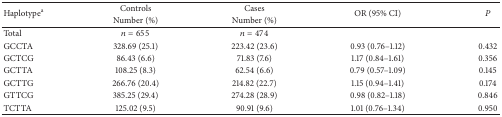
<table><thead><tr><td rowspan="2"><b>Haplotype<sup>a</sup></b></td><td><b>Controls</b></td><td><b>Cases</b></td><td rowspan="2"><b>OR (95% CI)</b></td><td rowspan="2"><b><i>P</i></b></td></tr><tr><td><b>Number (%)</b></td><td><b>Number (%)</b></td></tr></thead><tbody><tr><td>Total</td><td><i>n</i> = 655</td><td><i>n</i> = 474</td><td>[EMPTY_CELL]</td><td>[EMPTY_CELL]</td></tr><tr><td>GCCTA</td><td>328.69 (25.1)</td><td>223.42 (23.6)</td><td>0.93 (0.76–1.12)</td><td>0.432</td></tr><tr><td>GCTCG</td><td>86.43 (6.6)</td><td>71.83 (7.6)</td><td>1.17 (0.84–1.61)</td><td>0.356</td></tr><tr><td>GCTTA</td><td>108.25 (8.3)</td><td>62.54 (6.6)</td><td>0.79 (0.57–1.09)</td><td>0.145</td></tr><tr><td>GCTTG</td><td>266.76 (20.4)</td><td>214.82 (22.7)</td><td>1.15 (0.94–1.41)</td><td>0.174</td></tr><tr><td>GTTCG</td><td>385.25 (29.4)</td><td>274.28 (28.9)</td><td>0.98 (0.82–1.18)</td><td>0.846</td></tr><tr><td>TCTTA</td><td>125.02 (9.5)</td><td>90.91 (9.6)</td><td>1.01 (0.76–1.34)</td><td>0.950</td></tr></tbody></table>